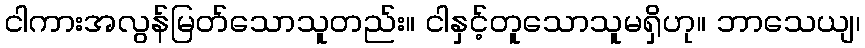
ငါကားအလွန်မြတ်သောသူတည်း။ ငါနှင့်တူသောသူမရှိဟု။ ဘာသေယျ၊